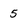
Character: 5